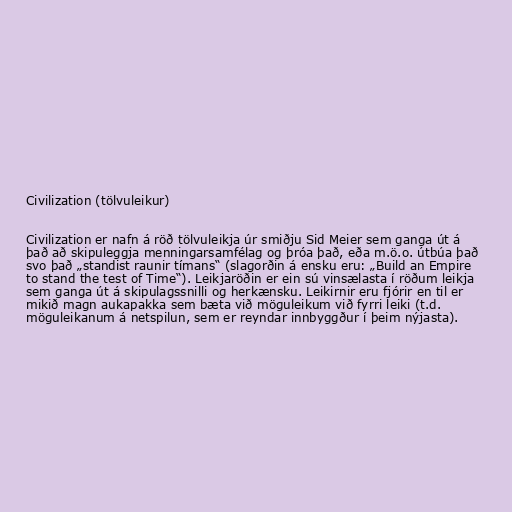
Civilization (tölvuleikur)

Civilization er nafn á röð tölvuleikja úr smiðju Sid Meier sem ganga út á
það að skipuleggja menningarsamfélag og þróa það, eða m.ö.o. útbúa það
svo það „standist raunir tímans“ (slagorðin á ensku eru: „Build an Empire
to stand the test of Time“). Leikjaröðin er ein sú vinsælasta í röðum leikja
sem ganga út á skipulagssnilli og herkænsku. Leikirnir eru fjórir en til er
mikið magn aukapakka sem bæta við möguleikum við fyrri leiki (t.d.
möguleikanum á netspilun, sem er reyndar innbyggður í þeim nýjasta).